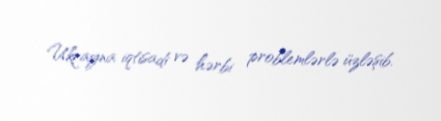
Ukrayna iqtisadi və hərbi problemlərlə üzləşib.